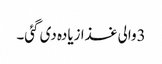
3والی غذا زیادہ دی گئی۔